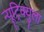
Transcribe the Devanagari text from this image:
न्यूट्रिक्युला